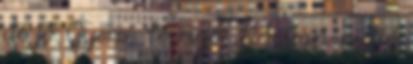
de jó Gyere, te rigó Itt van a dió